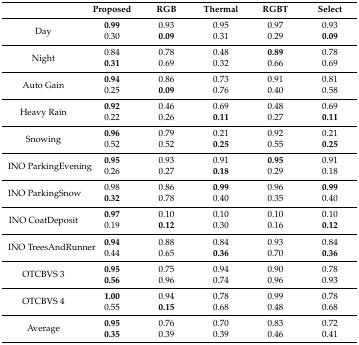
|  | Proposed | RGB | Thermal | RGBT | Select |
 | --- | --- | --- | --- | --- | --- |
 | <ROWSPAN=2> Day | 0.99 | 0.93 | 0.95 | 0.97 | 0.93 |
 | 0.30 | 0.09 | 0.31 | 0.29 | 0.09 |
 | <ROWSPAN=2> Night | 0.84 | 0.78 | 0.48 | 0.89 | 0.78 |
 | 0.31 | 0.69 | 0.32 | 0.66 | 0.69 |
 | <ROWSPAN=2> Auto Gain | 0.94 | 0.86 | 0.73 | 0.91 | 0.81 |
 | 0.25 | 0.09 | 0.76 | 0.40 | 0.58 |
 | <ROWSPAN=2> Heavy Rain | 0.92 | 0.46 | 0.69 | 0.48 | 0.69 |
 | 0.22 | 0.26 | 0.11 | 0.27 | 0.11 |
 | <ROWSPAN=2> Snowing | 0.96 | 0.79 | 0.21 | 0.92 | 0.21 |
 | 0.52 | 0.52 | 0.25 | 0.55 | 0.25 |
 | <ROWSPAN=2> INO ParkingEvening | 0.95 | 0.93 | 0.91 | 0.95 | 0.91 |
 | 0.26 | 0.27 | 0.18 | 0.29 | 0.18 |
 | <ROWSPAN=2> INO ParkingSnow | 0.98 | 0.86 | 0.99 | 0.96 | 0.99 |
 | 0.32 | 0.78 | 0.40 | 0.35 | 0.40 |
 | <ROWSPAN=2> INO CoatDeposit | 0.97 | 0.10 | 0.10 | 0.10 | 0.10 |
 | 0.19 | 0.12 | 0.30 | 0.16 | 0.12 |
 | <ROWSPAN=2> INO TreesAndRunner | 0.94 | 0.88 | 0.84 | 0.93 | 0.84 |
 | 0.44 | 0.65 | 0.36 | 0.70 | 0.36 |
 | <ROWSPAN=2> OTCBVS 3 | 0.95 | 0.75 | 0.94 | 0.90 | 0.78 |
 | 0.56 | 0.96 | 0.74 | 0.96 | 0.93 |
 | <ROWSPAN=2> OTCBVS 4 | 1.00 | 0.94 | 0.78 | 0.99 | 0.78 |
 | 0.55 | 0.15 | 0.68 | 0.48 | 0.68 |
 | <ROWSPAN=2> Average | 0.95 | 0.76 | 0.70 | 0.83 | 0.72 |
 | 0.35 | 0.39 | 0.39 | 0.46 | 0.41 |